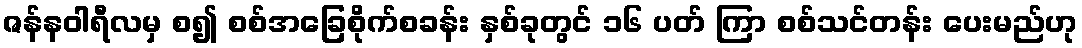
ဇန်နဝါရီလမှ စ၍ စစ်အခြေစိုက်စခန်း နှစ်ခုတွင် ၁၆ ပတ် ကြာ စစ်သင်တန်း ပေးမည်ဟု